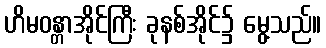
ဟိမဝန္တာအိုင်ကြီး ခုနစ်အိုင်၌ မွေ့သည်။